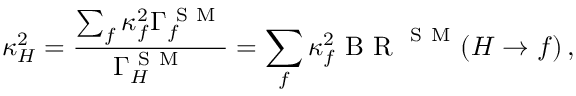
\kappa _ { H } ^ { 2 } = \frac { \sum _ { f } \kappa _ { f } ^ { 2 } \Gamma _ { f } ^ { \mathrm { ~ S ~ M ~ } } } { \Gamma _ { H } ^ { \mathrm { ~ S ~ M ~ } } } = \sum _ { f } \kappa _ { f } ^ { 2 } \mathrm { ~ B ~ R ~ } ^ { \mathrm { ~ S ~ M ~ } } ( H \to f ) \, ,